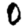
Digit: 0